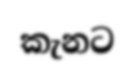
කැනට